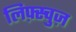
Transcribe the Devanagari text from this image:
लिफ़्स्चुज़